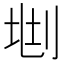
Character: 𠜩